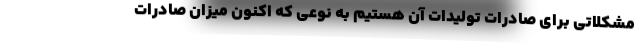
مشکلاتی برای صادرات تولیدات آن هستیم به نوعی که اکنون میزان صادرات